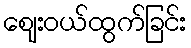
ဈေးဝယ်ထွက်ခြင်း